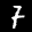
Label: 7